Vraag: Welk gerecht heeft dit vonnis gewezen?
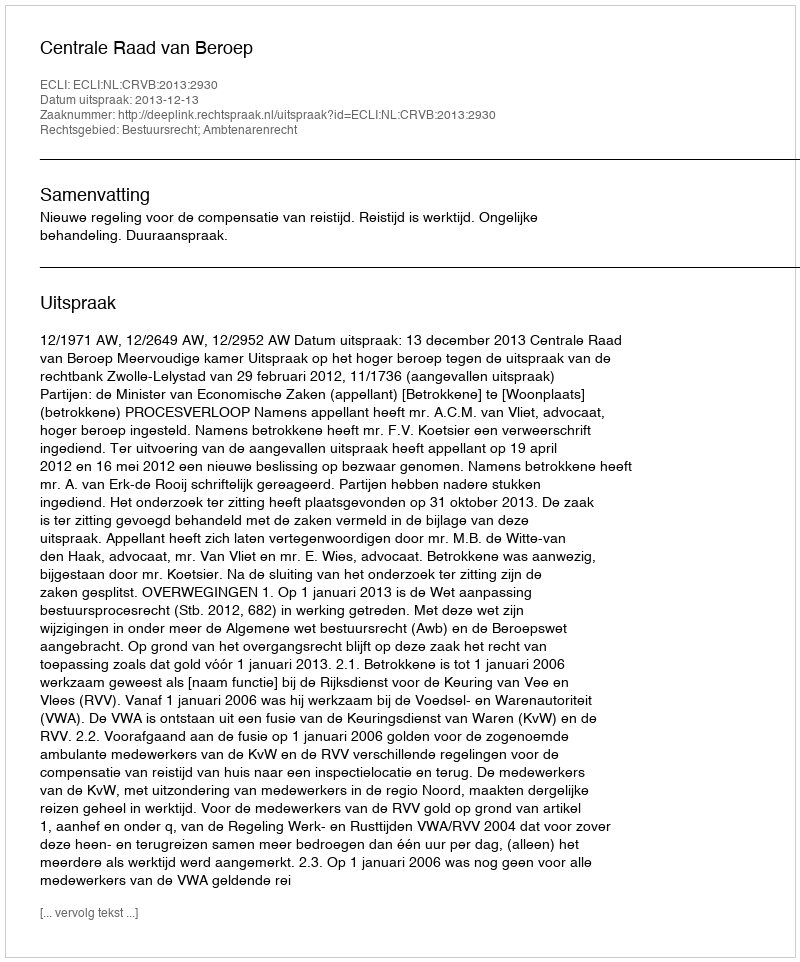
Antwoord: Centrale Raad van Beroep